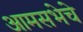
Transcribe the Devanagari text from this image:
आमसभेचे